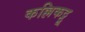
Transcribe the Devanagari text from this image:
कल्लिकट्टू